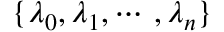
\{ \lambda _ { 0 } , \lambda _ { 1 } , \dotsb , \lambda _ { n } \}